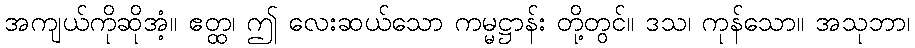
အကျယ်ကိုဆိုအံ့။ ဧတ္ထ၊ ဤ လေးဆယ်သော ကမ္မဋ္ဌာန်း တို့တွင်။ ဒသ၊ ကုန်သော။ အသုဘာ၊